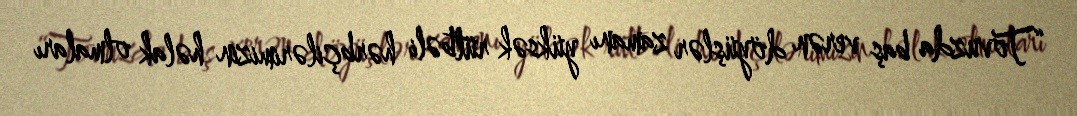
“Tovuzda baş verən döyüşlər zamanı yüksək rütbəli hərbçilərimizin həlak olmaları